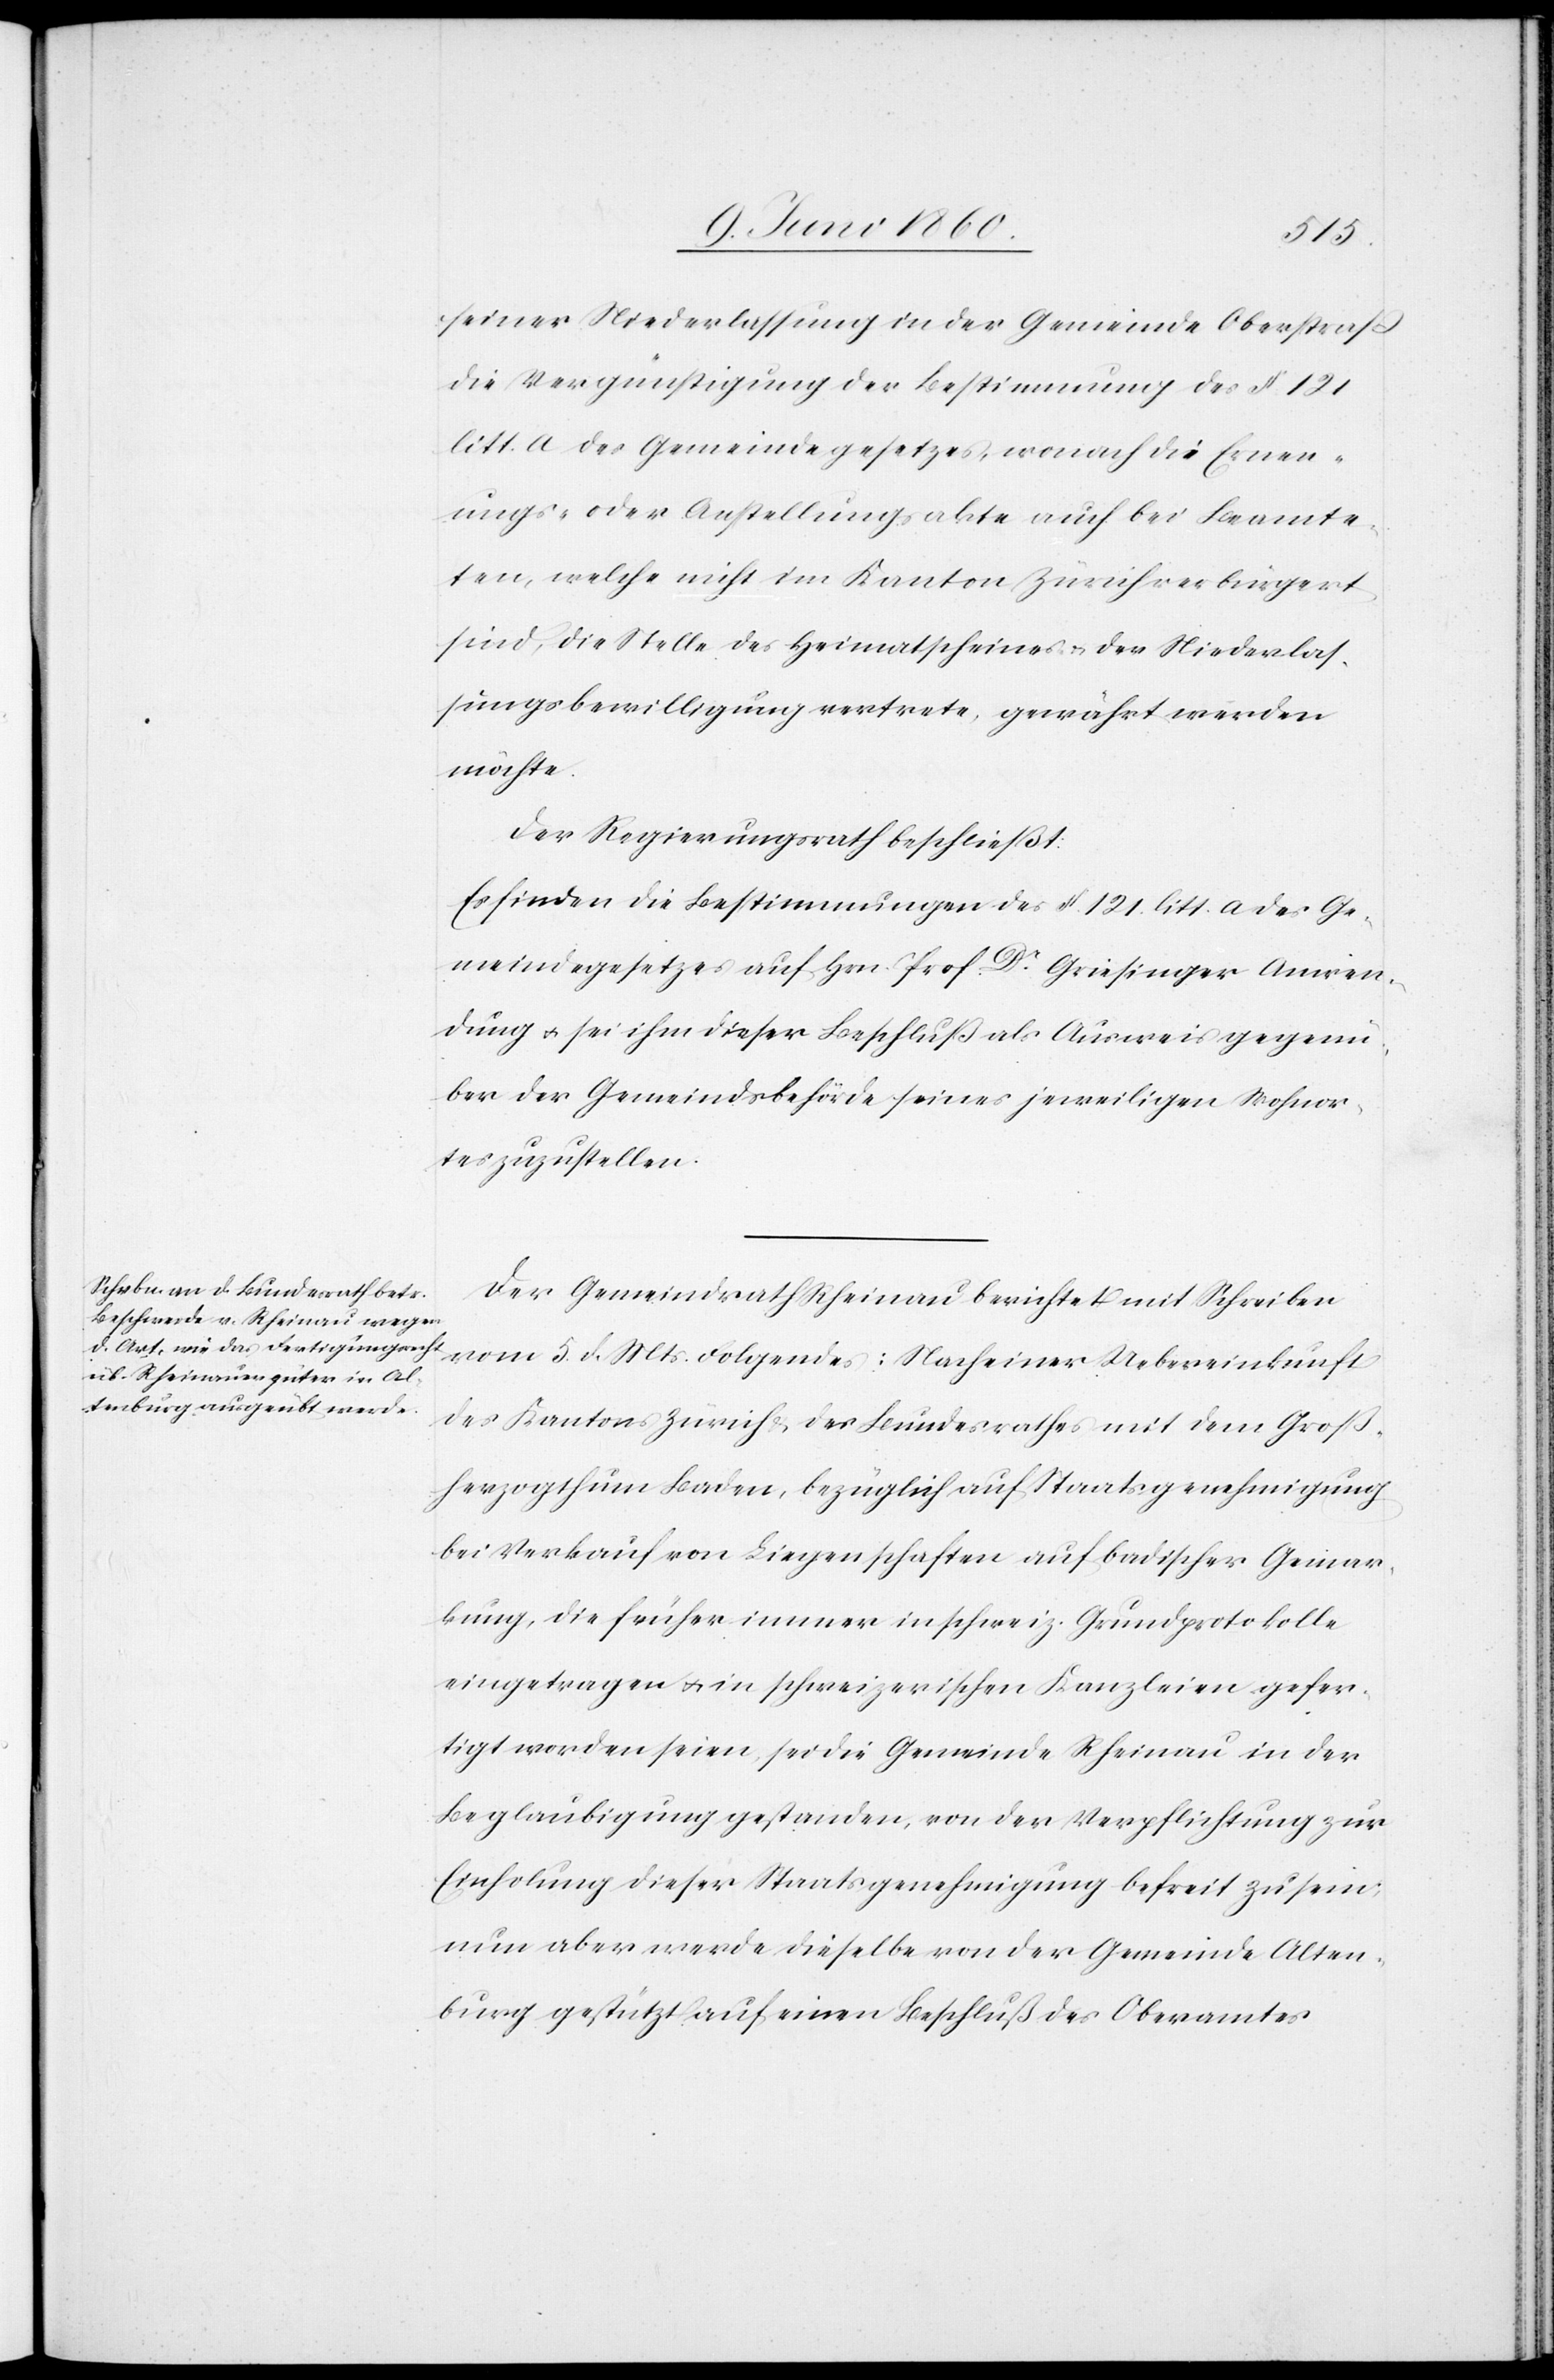
seiner Niederlassung in der Gemeinde Oberstrass
die Vergünstigung der Bestimmung des §. 121
litt. a des Gemeindegesetzes, wonach die Ernenn¬
ungs- oder Anstellungsakte auch bei Beamte¬
ten, welche nicht im Kanton Zürich verbürgert
sind, die Stelle des Heimatscheines u. der Niederlas¬
sungsbewilligung vertrete, gewährt werden
möchte.
Der Regierungsrath beschließt:
Es finden die Bestimmungen des §. 121. litt. a. des Ge¬
meindegesetzes auf Hrn. Prof Dr Griesinger Anwen¬
dung u. sei ihm dieser Beschluß als Ausweis gegenü¬
ber der Gemeindsbehörde seines jeweiligen Wohnor¬
tes zuzustellen.
Der Gemeindrath Rheinau berichtet mit Schreiben
vom 5. d. Mts. Folgendes: Nach einer Uebereinkunft
des Kantons Zürich u. des Bundesrathes mit dem Groß¬
herzogthum Baden, bezüglich auf Staatsgenehmigung
bei Verkauf von Liegenschaften auf badischer Gemar¬
kung, die früher immer in schweiz. Grundprotokolle
eingetragen u. in schweizerischen Kanzleien gefer¬
tigt worden seien, sei die Gemeinde Rheinau in der
Beglaubigung gestanden, von der Verpflichtung zur
Einholung dieser Staatsgenehmigung befreit zu sein,
nun aber werde dieselbe von der Gemeinde Alten¬
burg gestützt auf einen Beschluß des Oberamtes